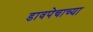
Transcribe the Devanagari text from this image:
डावपेचाच्या